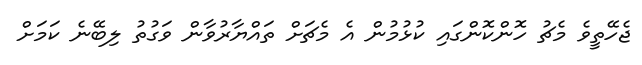
ޖެހޭތީވެ މެޗު ހޮންކޮންގައި ކުޅުމުން އެ މެޗަށް ތައްޔާރުވާން ވަގުތު ލިބޭނެ ކަމަށް